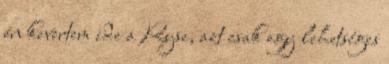
én kevertem ide a Ryse, azt csak egy lehetséges